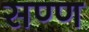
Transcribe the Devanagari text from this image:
सण्ण